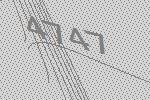
4747